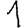
Digit: 1